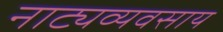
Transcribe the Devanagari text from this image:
नाट्यव्यवसाय